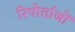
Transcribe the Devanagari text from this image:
रिपोर्ताजों